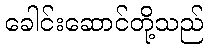
ခေါင်းဆောင်တို့သည်